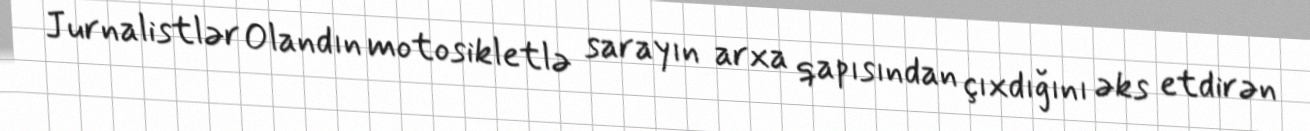
Jurnalistlər Olandın motosikletlə sarayın arxa qapısından çıxdığını əks etdirən